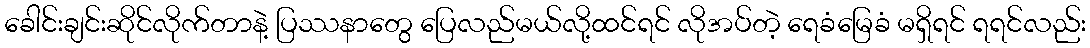
ခေါင်းချင်းဆိုင်လိုက်တာနဲ့ ပြဿနာတွေ ပြေလည်မယ်လို့ထင်ရင် လိုအပ်တဲ့ ရေခံမြေခံ မရှိရင် ရရင်လည်း